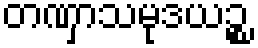
တဏှာသမုဒယဉ္စ